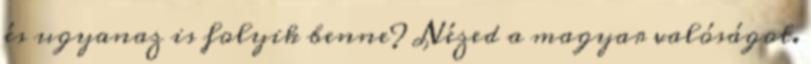
és ugyanaz is folyik benne? Nézed a magyar valóságot.